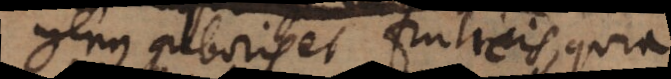
genus arboris et fruticis, quia